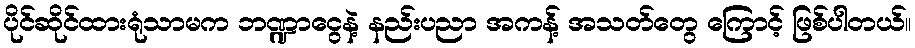
ပိုင်ဆိုင်ထားရုံသာမက ဘဏ္ဍာငွေနဲ့ နည်းပညာ အကန့် အသတ်တွေ ကြောင့် ဖြစ်ပါတယ်။